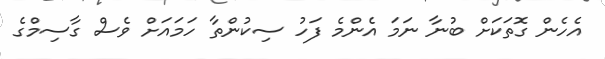
އެހެން ގޮތަކަށް ބުނާ ނަމަ އެންމެ ފަހު ސިކުންތާ ހަމައަށް ވެސް ގާސިމްގެ